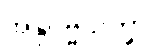
အနုပုဗ္ဗသိက္ခာ